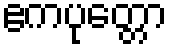
ဧကပုတ္တော